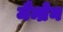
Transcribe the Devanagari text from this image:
मैम्ब्रेन